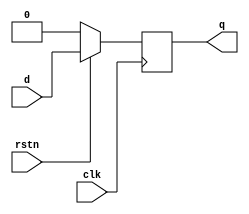
// N bit wide D Flip-Flop (Register) with
// synchronous, active-low reset.

module d_flipflop #(
    parameter N = 1
)(
    input              clk,
    input              rstn,
    input      [N-1:0] d,
    output reg [N-1:0] q
);

    always @ (posedge clk) begin
        if (!rstn) q <= 0;
        else       q <= d;
    end

endmodule